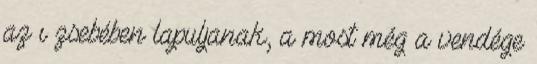
az ı zsebében lapuljanak, a most még a vendége